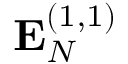
\mathbf { E } _ { N } ^ { ( 1 , 1 ) }